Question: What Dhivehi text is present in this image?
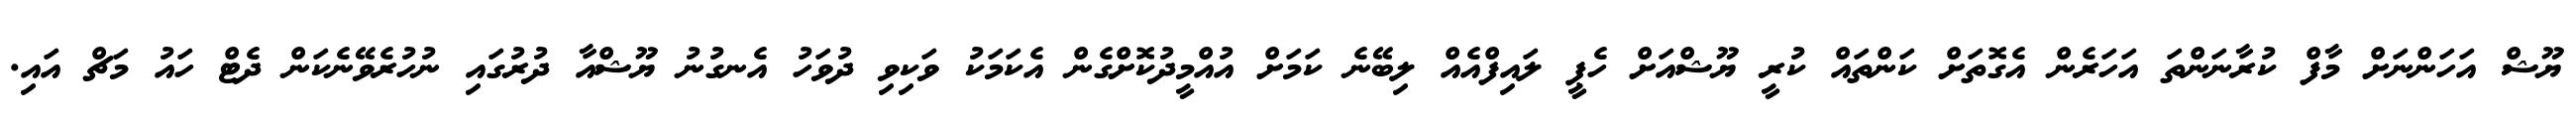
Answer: ޔޫޝް އަހަންނަށް މާފް ކުރާނަންތަ އަހަރެން އެގޮތަށް ކަންތައް ކުރީ ޔޫޝްއަށް ހެޕީ ލައިފްއެއް ލިބޭނެ ކަމަށް އުއްމީދުކޮށްގެން އެކަމަކު ވަކިވި ދުވަހު އެނގުނު ޔޫޝްއާ ދުރުގައި ނުހުރެވޭނެކަން ދެޓް ހައު މަޗް އައި.